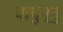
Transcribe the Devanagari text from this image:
चायुन्नु